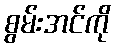
စွမ်းအင်ကို